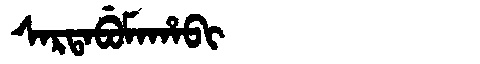
Manchu: ᠰᠠᡵᡨᠠᠪᡠᠮᠠᡥᠠᠪᡳ
Romanization: SARTABUMAHABI